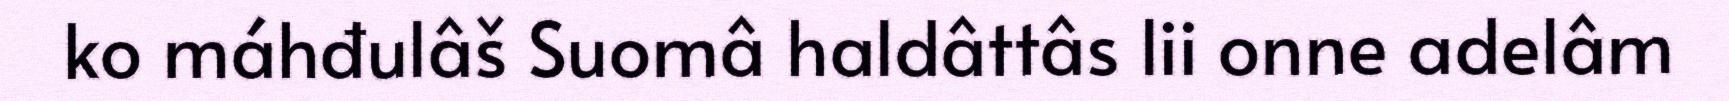
ko máhđulâš Suomâ haldâttâs lii onne adelâm